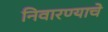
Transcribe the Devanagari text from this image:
निवारण्याचे